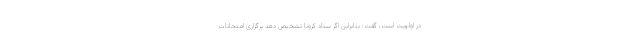
در اولویت است، گفت: بنابراین اگر ستاد کرونا تشخیص دهد برگزاری امتحانات